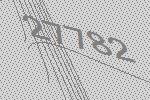
27782